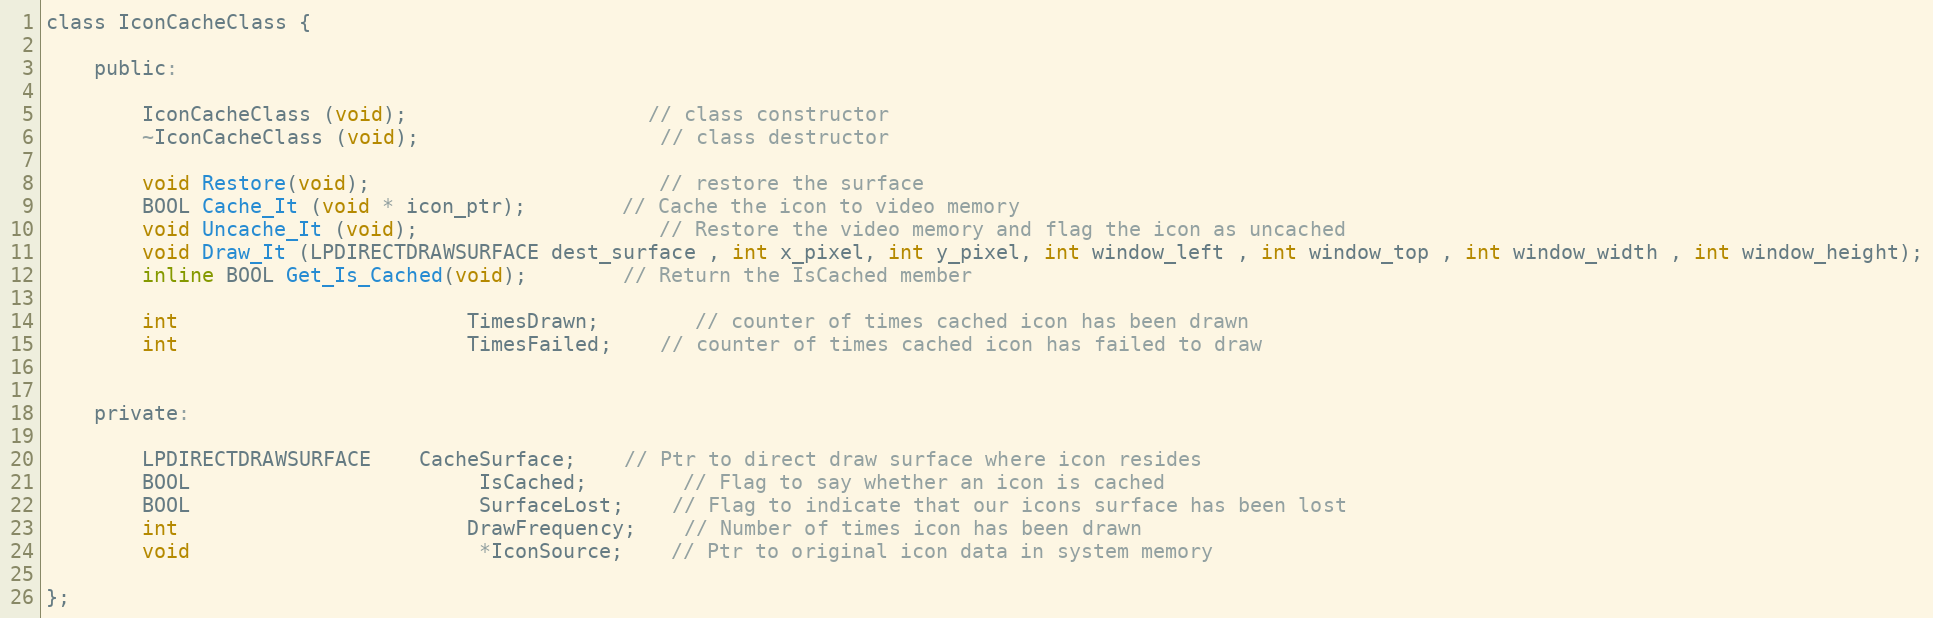
Language: C
class IconCacheClass {

	public:

		IconCacheClass (void);					// class constructor
		~IconCacheClass (void);					// class destructor

		void Restore(void);						// restore the surface
		BOOL Cache_It (void * icon_ptr);		// Cache the icon to video memory
		void Uncache_It (void);					// Restore the video memory and flag the icon as uncached
		void Draw_It (LPDIRECTDRAWSURFACE dest_surface , int x_pixel, int y_pixel, int window_left , int window_top , int window_width , int window_height);
		inline BOOL Get_Is_Cached(void);		// Return the IsCached member

		int						TimesDrawn;		// counter of times cached icon has been drawn
		int						TimesFailed;	// counter of times cached icon has failed to draw

	private:

		LPDIRECTDRAWSURFACE	CacheSurface;	// Ptr to direct draw surface where icon resides
		BOOL						IsCached;		// Flag to say whether an icon is cached
		BOOL						SurfaceLost;	// Flag to indicate that our icons surface has been lost
		int						DrawFrequency;	// Number of times icon has been drawn
		void						*IconSource;	// Ptr to original icon data in system memory

};